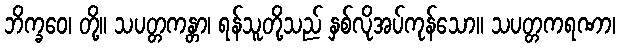
ဘိက္ခဝေ၊ တို့။ သပတ္တကန္တာ၊ ရန်သူတို့သည် နှစ်လိုအပ်ကုန်သော။ သပတ္တကရဏာ၊